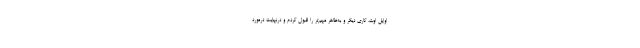
اوایل اوت، کاری دیگر و به‌ظاهر مهم‌تر را قبول کردم و درنهایت درمورد